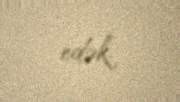
edək.